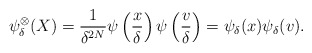
\begin{align*}\psi_\delta^\otimes(X)=\frac{1}{\delta^{2N}}\psi\left(\frac{x}{\delta}\right)\psi\left(\frac{v}{\delta}\right)=\psi_{\delta}(x)\psi_{\delta}(v).\end{align*}